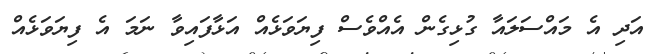
އަދި އެ މައްސަލައާ ގުޅިގެން އެއްވެސް ފިޔަވަޅެއް އަޅާފައިވާ ނަމަ އެ ފިޔަވަޅެއް